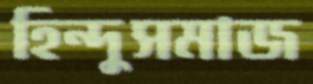
হিন্দুসমাজ